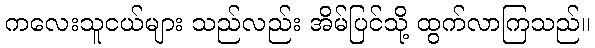
ကလေးသူငယ်များ သည်လည်း အိမ်ပြင်သို့ ထွက်လာကြသည်။